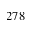
2 7 8